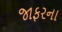
જાફરના